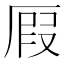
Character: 𠪅